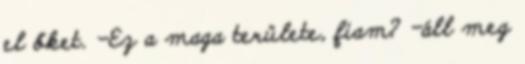
el őket. -Ez a maga területe, fiam? -áll meg